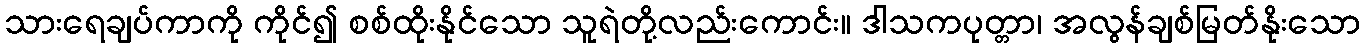
သားရေချပ်ကာကို ကိုင်၍ စစ်ထိုးနိုင်သော သူရဲတို့လည်းကောင်း။ ဒါသကပုတ္တာ၊ အလွန်ချစ်မြတ်နိုးသော